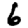
Digit: 6